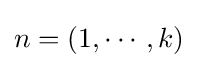
n=(1,\cdots ,k)